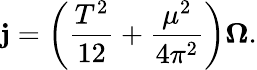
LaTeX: {\mathbf j}=\left({\frac{T^{2}}{12}}+{\frac{\mu^{2}}{4\pi^{2}}}\right){\mathbf\Omega}.